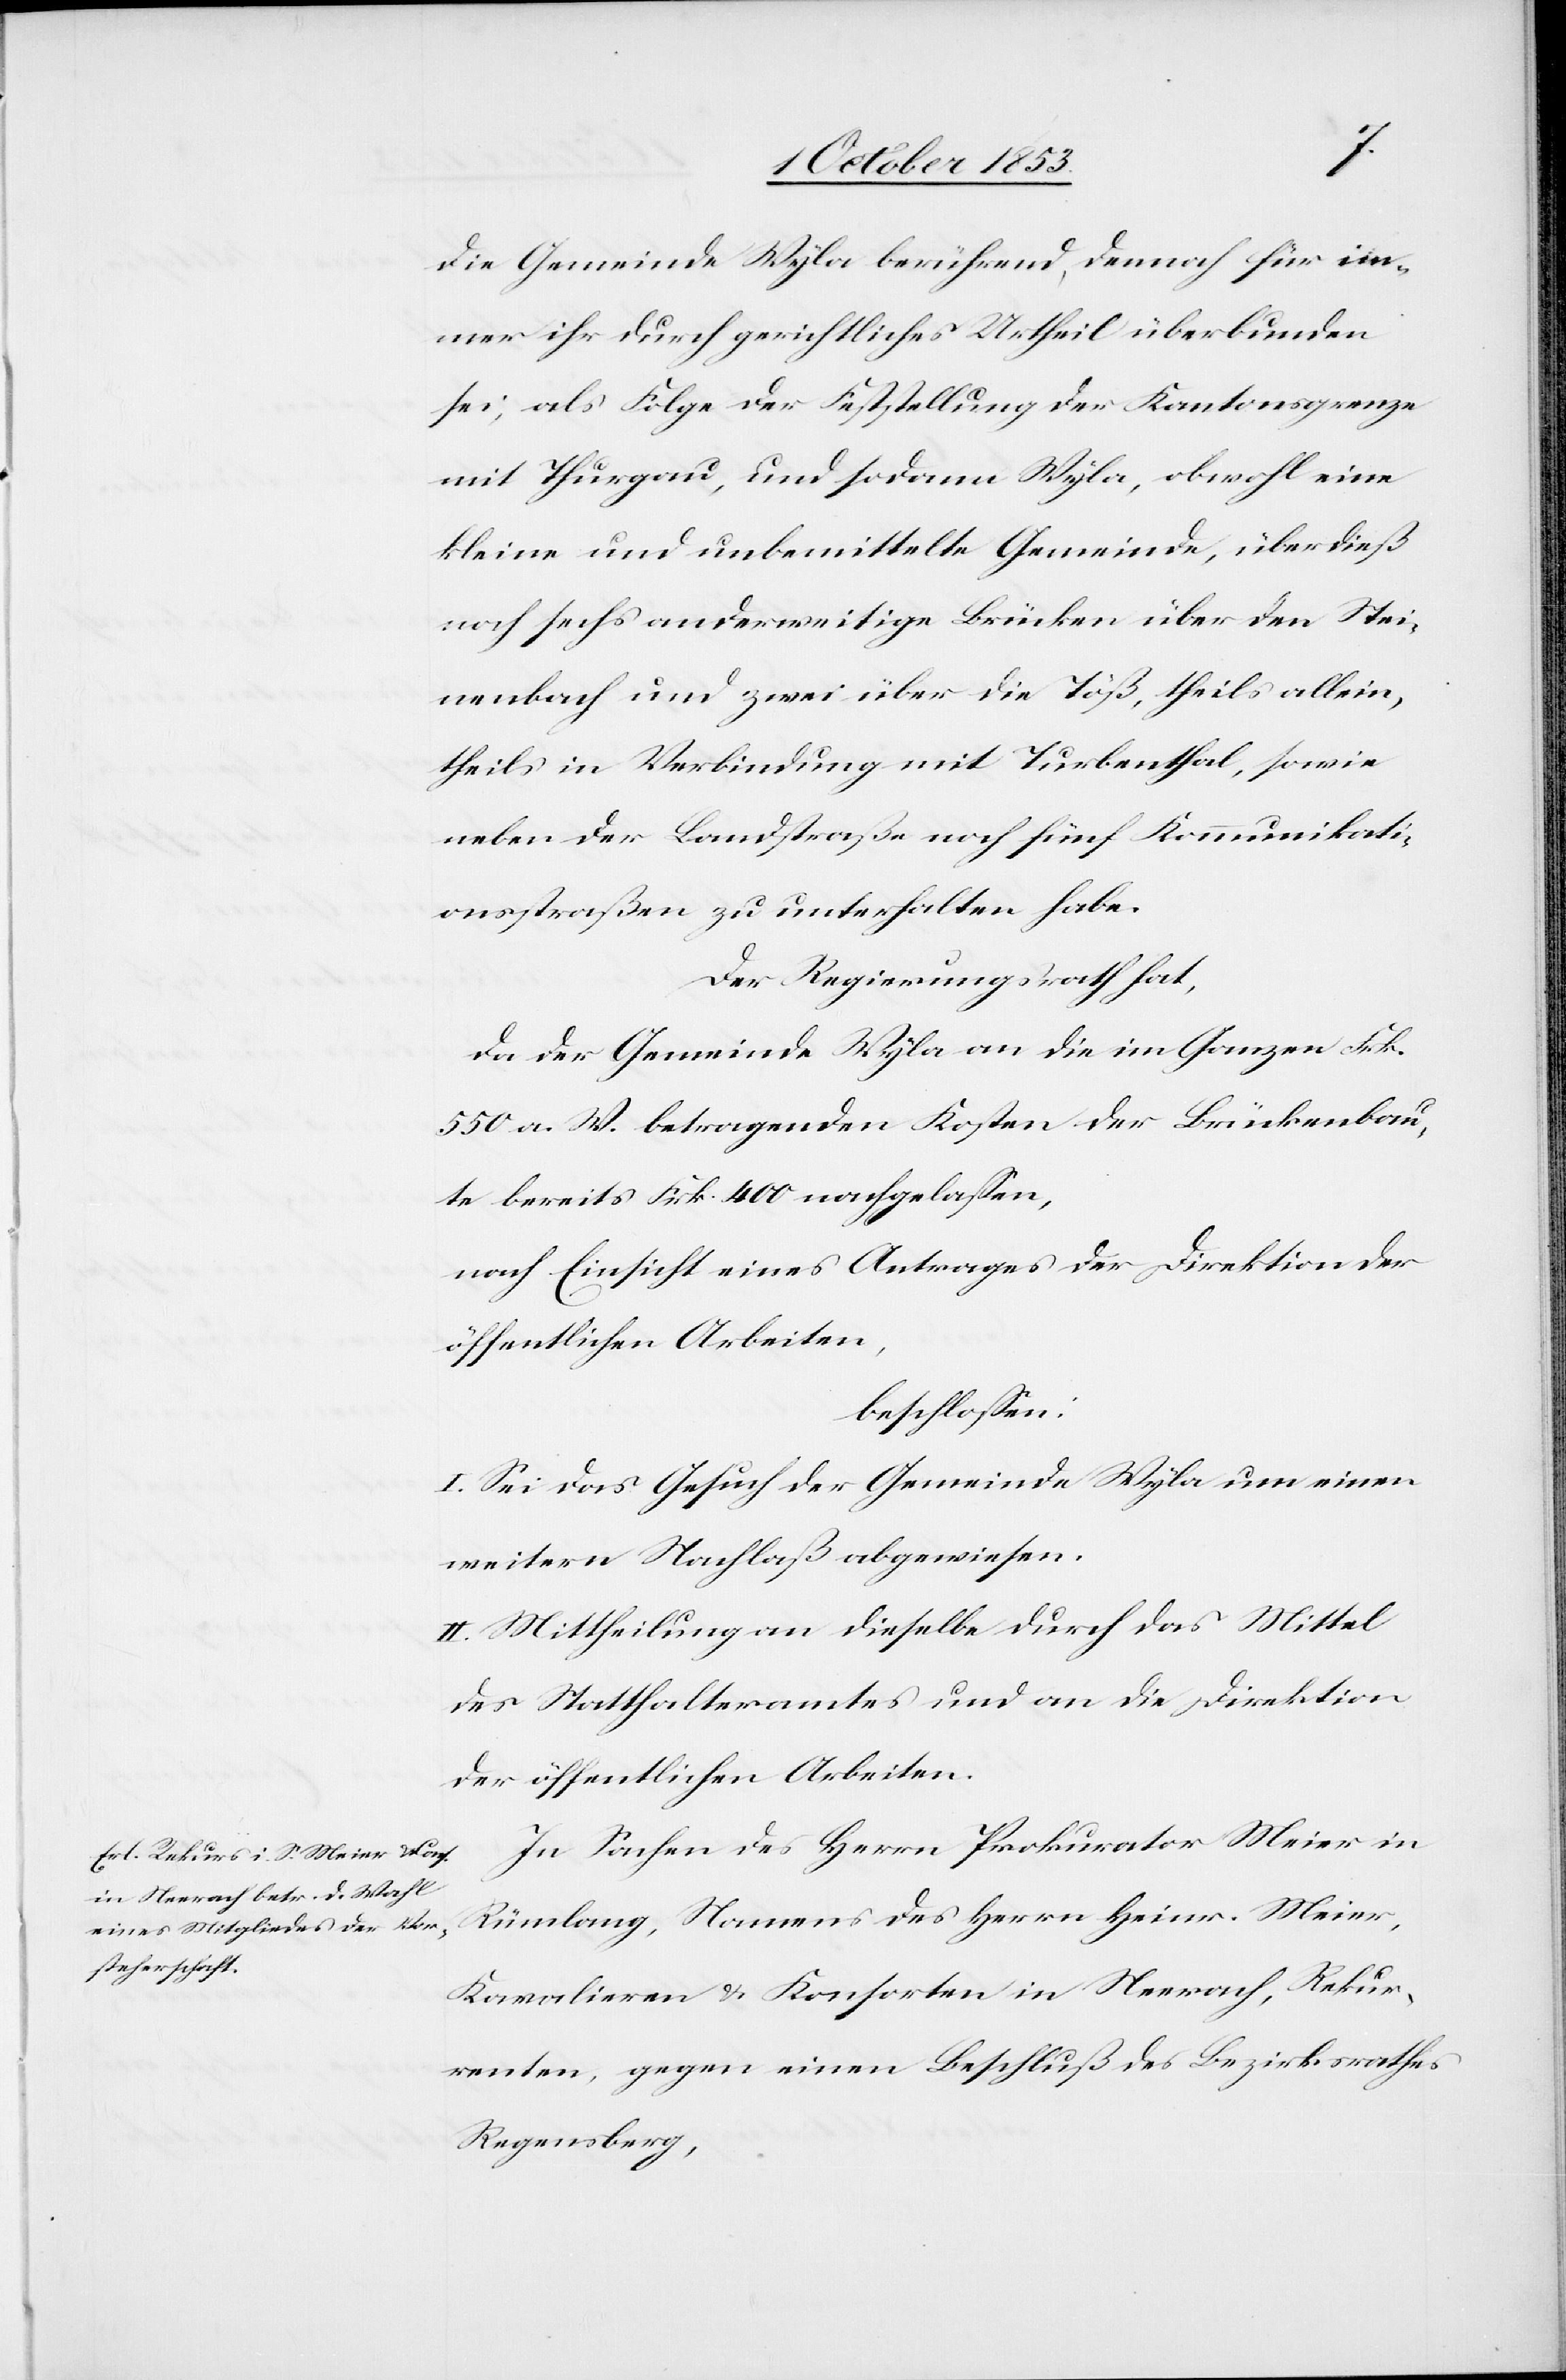
die Gemeinde Wyla berührend, demnach für im¬
mer ihr durch gerichtliches Urtheil überbunden
sei, als Folge der Feststellung der Kantonsgrenze
mit Thurgau, und sodann Wyla, obwohl eine
kleine und unbemittelte Gemeinde, überdieß
noch sechs anderweitige Brücken über den Stei¬
nenbach und zwar über die Töß, theils allein,
theils in Verbindung mit Turbenthal, sowie
neben der Landstraße noch fünf Kommunikati¬
onsstraßen zu unterhalten habe.
Der Regierungsrath hat,
da der Gemeinde Wyla an die im Ganzen Frk.
550 a. W. betragenden Kosten der Brückenbau¬
te bereits Frk. 400 nachgelaßen,
nach Einsicht eines Antrages der Direktion der
öffentlichen Arbeiten,
beschloßen:
I. Sei das Gesuch der Gemeinde Wyla um einen
weitern Nachlaß abgewiesen.
II. Mittheilungen an dieselbe durch das Mittel
des Statthalteramtes und an die Direktion
der öffentlichen Arbeiten.
In Sachen des Herrn Prokurator Meier in
Rümlang, Namens des Herrn Heinr. Meier,
Kavalieren u. Konsorten in Neerach, Rekur¬
renten, gegen einen Beschluß des Bezirksrathes
Regensberg,